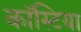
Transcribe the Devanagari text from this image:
कॉस्टिया